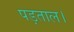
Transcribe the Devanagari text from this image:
पड़ताल।